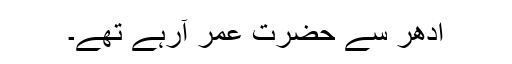
ادھر سے حضرت عمرؓ آرہے تھے۔